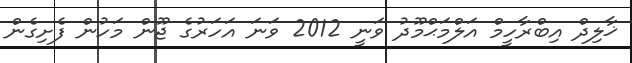
ޚާލިދް އިބްރާހީމް އަލްމަޙްމޫދު ވަނީ 2012 ވަނަ އަހަރުގެ ޖޫން މަހުން ފެށިގެން